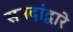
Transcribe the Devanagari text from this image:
सनदांद्वारे